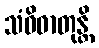
သံဝိဓာတုန္တိ